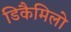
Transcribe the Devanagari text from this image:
डिकैमिलो